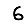
Digit: 6